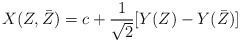
\begin{align*} X(Z,\bar{Z}) = c + \frac{1}{\sqrt{2}}[Y(Z) - Y(\bar{Z})]\end{align*}